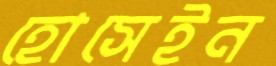
হোসেইন